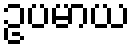
ဥပမာယ